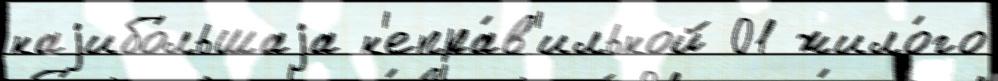
наjибо́льшаjа н'епра́в'ильной 01 жило́го